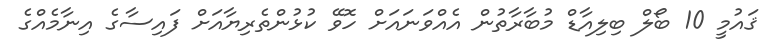
ޤައުމީ 10 ބޯލް ބިލިއާޑް މުބާރާތުން އެއްވަނައަށް ހޮވޭ ކުޅުންތެރިޔާއަށް ފައިސާގެ އިނާމެއްގެ